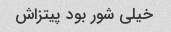
خیلی شور بود پیتزاش